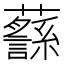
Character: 𧄎